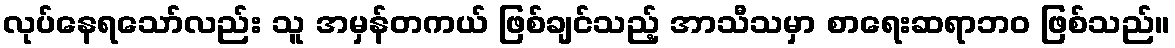
လုပ်နေရသော်လည်း သူ အမှန်တကယ် ဖြစ်ချင်သည့် အာသီသမှာ စာရေးဆရာဘဝ ဖြစ်သည်။